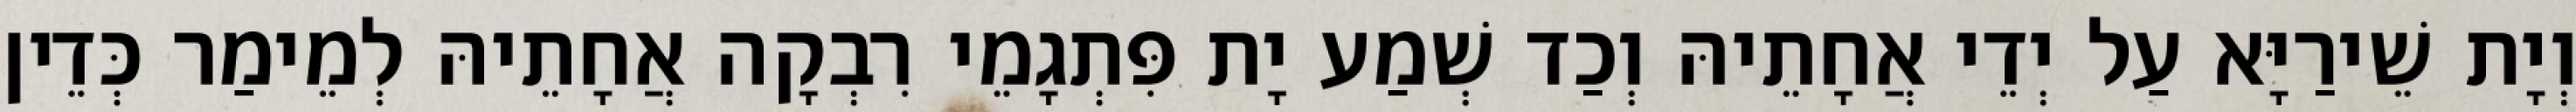
וְיָת שֵׁירַיָּא עַל יְדֵי אֲחָתֵיהּ וְכַד שְׁמַע יָת פִּתְגָמֵי רִבְקָה אֲחָתֵיהּ לְמֵימַר כְּדֵין